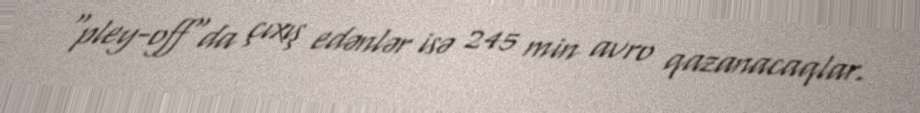
"pley-off"da çıxış edənlər isə 245 min avro qazanacaqlar.